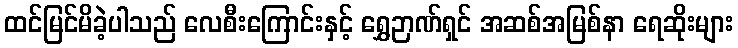
ထင်မြင်မိခဲ့ပါသည် လေစီးကြောင်းနှင့် ရွှေဉာဏ်ရှင် အဆစ်အမြစ်နာ ရေဆိုးများ